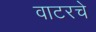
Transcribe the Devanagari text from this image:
वाटरचे